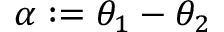
\alpha : = \theta _ { 1 } - \theta _ { 2 }